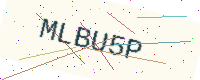
Text: MLBU5P